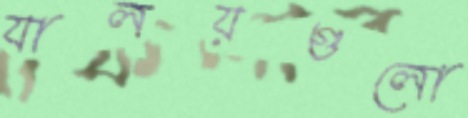
যালয়গুলো